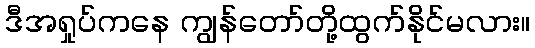
ဒီအရှုပ်ကနေ ကျွန်တော်တို့ထွက်နိုင်မလား။